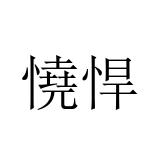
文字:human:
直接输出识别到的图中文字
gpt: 憢悍